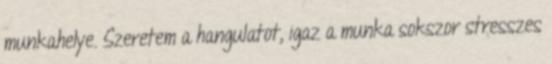
munkahelye. Szeretem a hangulatot, igaz a munka sokszor stresszes